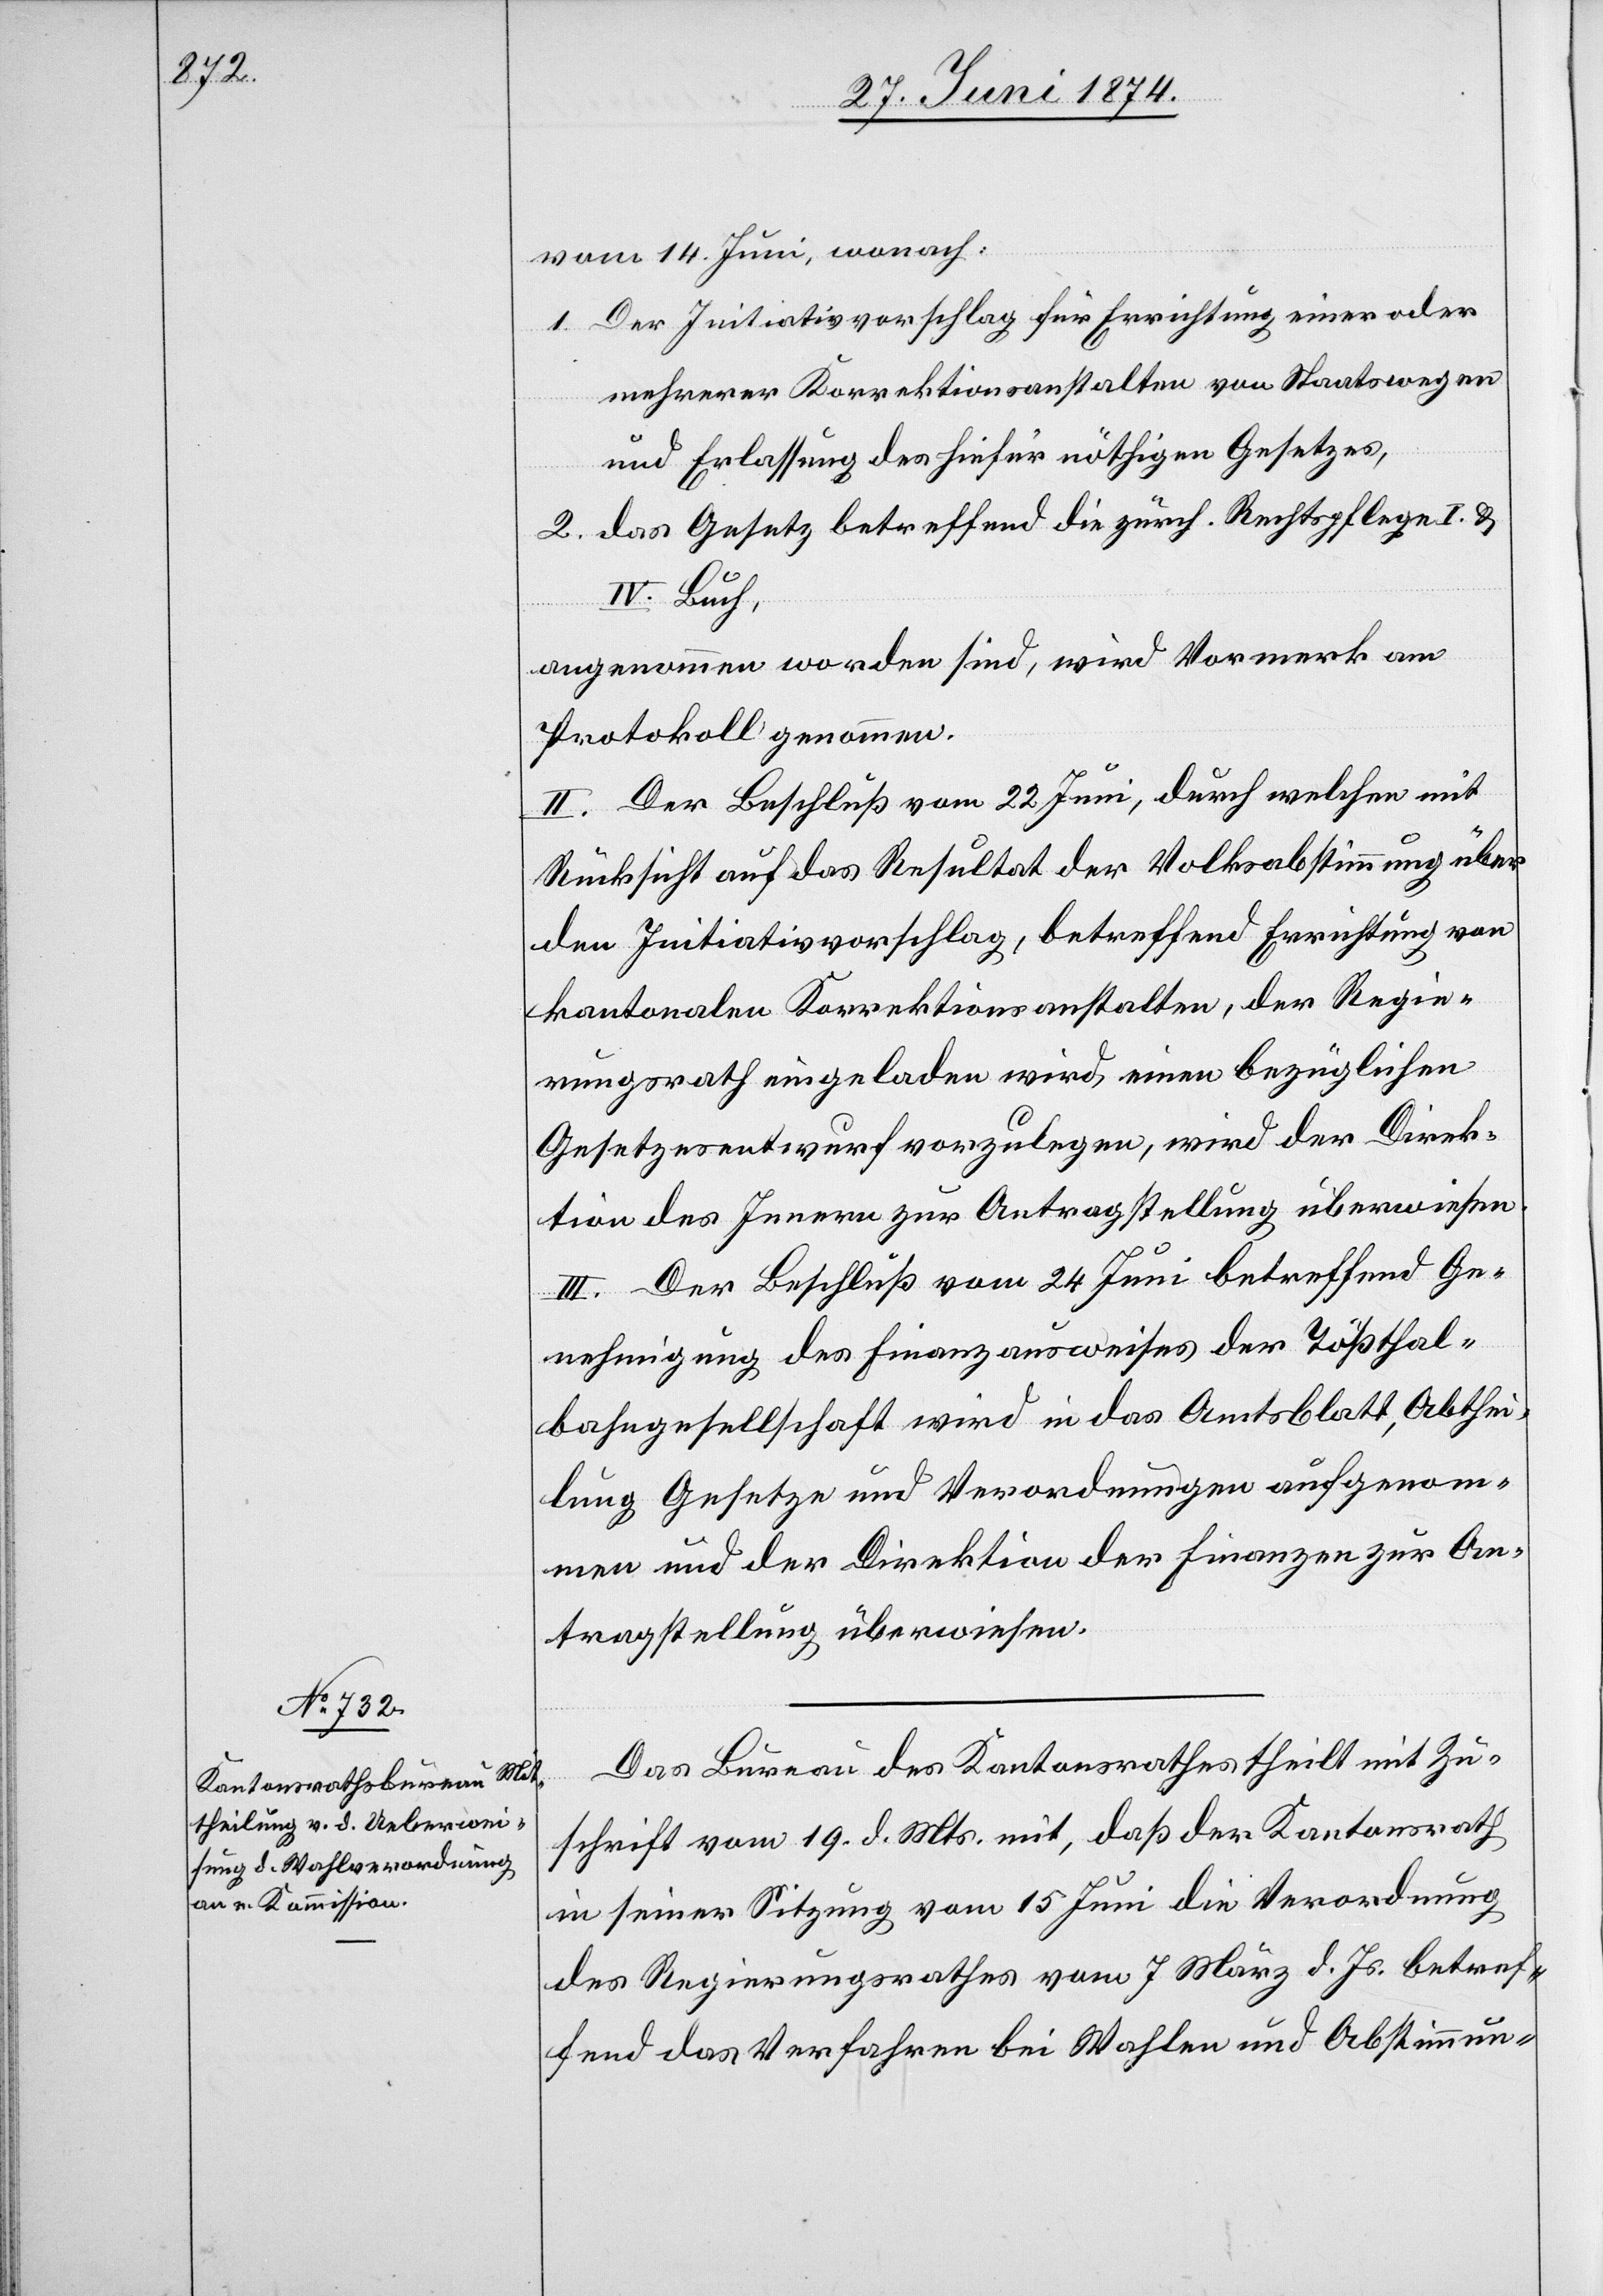
vom 14. Juni, wonach:
1. Der Initiativvorschlag für Errichtung einer oder
mehrerer Korrektionsanstalten von Staatswegen
und Erlassung des hiefür nöthigen Gesetzes,
2. das Gesetz betreffend die zürch. Rechtspflege I. u.
IV. Buch,
angenommen worden sind, wird Vormerk am
Protokoll genommen.
II. Der Beschluß vom 22. Juni, durch welchen mit
Rücksicht auf das Resultat der Volksabstimmung über
den Initiativvorschlag, betreffend Errichtung von
kantonalen Korrektionsanstalten, der Regie¬
rungsrath eingeladen wird, einen bezüglichen
Gesetzesentwurf vorzulegen, wird der Direk¬
tion des Innern zur Antragstellung überwiesen.
III. Der Beschluß vom 24. Juni betreffend Ge¬
nehmigung des Finanzausweises der Tößthal¬
bahngesellschaft wird in das Amtsblatt, Abthei¬
lung Gesetze und Verordnungen aufgenom¬
men und der Direktion der Finanzen zur An¬
tragstellung überwiesen.
Das Bureau des Kantonsrathes theilt mit Zu¬
schrift vom 19. d. Mts. mit, daß der Kantonsrath
in seiner Sitzung vom 15. Juni die Verordnung
des Regierungsrathes vom 7. März d. Js. betref¬
fend das Verfahren bei Wahlen und Abstimmun-